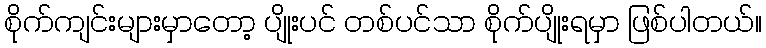
စိုက်ကျင်းများမှာတော့ ပျိုးပင် တစ်ပင်သာ စိုက်ပျိုးရမှာ ဖြစ်ပါတယ်။